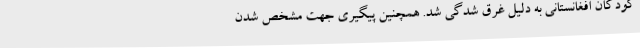
کودکان افغانستانی به دلیل غرق شدگی شد. همچنین پیگیری جهت مشخص شدن